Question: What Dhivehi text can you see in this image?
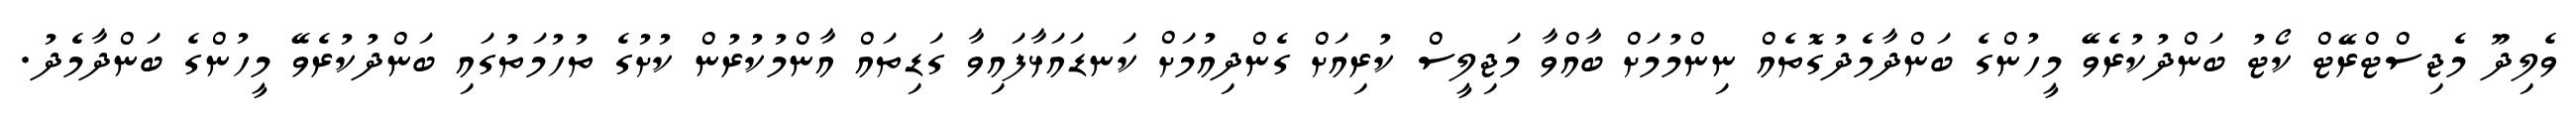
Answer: ވެލިދޫ މެޖިސްޓްރޭޓް ކޯޓު ބަންދުކުރެވޭ މީހުންގެ ބަންދާމެދުގޮތެއް ނިންމުމަށް ބާއްވާ މަޖިލީސް ކުރިއަށް ގެންދިއުމަށް ކަނޑައަޅާފައިވާ ގަޑިތައް އާންމުކުރުން ކުށުގެ ތުހުމަތުގައި ބަންދުކުރެވޭ މީހުންގެ ބަންދާމެދު.